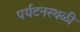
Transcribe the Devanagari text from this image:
पर्यटनस्थळी